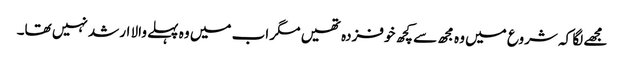
مجھے لگا کہ شروع میں وہ مجھ سے کچھ خوفزدہ تھیں مگر اب میں وہ پہلے والا ارشد نہیں تھا۔